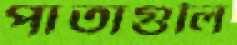
পাতাগুলি